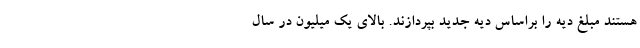
هستند مبلغ دیه را براساس دیه جدید بپردازند. بالای یک میلیون در سال